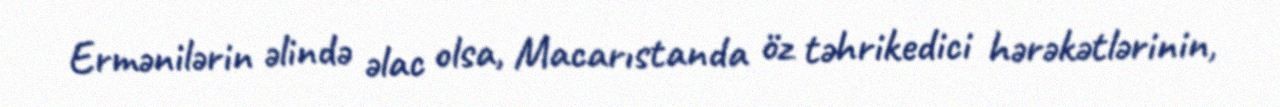
Ermənilərin əlində əlac olsa, Macarıstanda öz təhrikedici hərəkətlərinin,